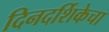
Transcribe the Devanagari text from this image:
दिनदर्शिकेचा